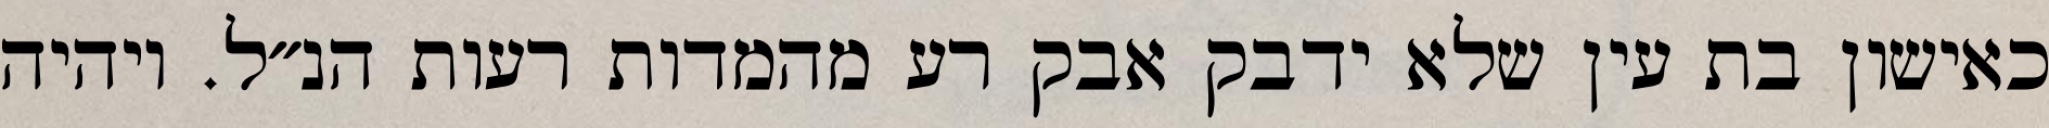
כאישון בת עין שלא ידבק אבק רע מהמדות רעות הנ״ל. ויהיה